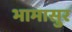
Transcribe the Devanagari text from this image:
भामासुर